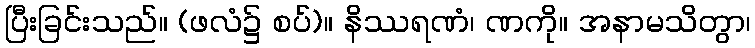
ပြီးခြင်းသည်။ (ဖလံ၌ စပ်)။ နိဿရဏံ၊ ဏကို။ အနာမသိတွာ၊